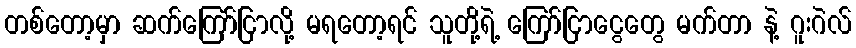
တစ်တော့မှာ ဆက်ကြော်ငြာလို့ မရတော့ရင် သူတို့ရဲ့ ကြော်ငြာငွေတွေ မက်တာ နဲ့ ဂူးဂဲလ်